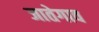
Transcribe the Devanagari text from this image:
जातेगाव